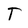
Character: T